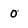
Character: 0